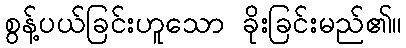
စွန့်ပယ်ခြင်းဟူသော ခိုးခြင်းမည်၏။